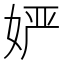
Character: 𱙔